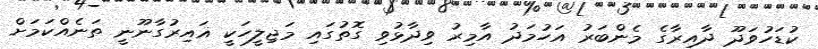
ކުޑަހުވަދޫ ދާއިރާގެ މެންބަރު އަހުމަދު އާމިރު ވިދާޅުވި ގޮތުގައި މަޖިލީހަކީ ޣައިރުގާނޫނީ ތަނެއްކަމަށް